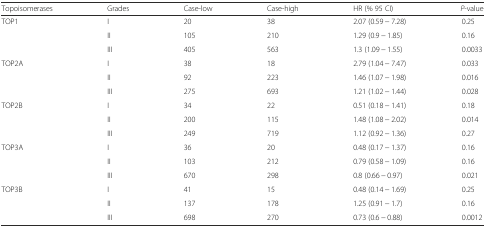
| Topoisomerases | Grades | Case-low | Case-high | HR (% 95 CI) | P-value |
 | --- | --- | --- | --- | --- | --- |
 | TOP1 | I | 20 | 38 | 2.07 (0.59 − 7.28) | 0.25 |
 |  | II | 105 | 210 | 1.29 (0.9 − 1.85) | 0.16 |
 |  | III | 405 | 563 | 1.3 (1.09 − 1.55) | 0.0033 |
 | TOP2A | I | 38 | 18 | 2.79 (1.04 − 7.47) | 0.033 |
 |  | II | 92 | 223 | 1.46 (1.07 − 1.98) | 0.016 |
 |  | III | 275 | 693 | 1.21 (1.02 − 1.44) | 0.028 |
 | TOP2B | I | 34 | 22 | 0.51 (0.18 − 1.41) | 0.18 |
 |  | II | 200 | 115 | 1.48 (1.08 − 2.02) | 0.014 |
 |  | III | 249 | 719 | 1.12 (0.92 − 1.36) | 0.27 |
 | TOP3A | I | 36 | 20 | 0.48 (0.17 − 1.37) | 0.16 |
 |  | II | 103 | 212 | 0.79 (0.58 − 1.09) | 0.16 |
 |  | III | 670 | 298 | 0.8 (0.66 − 0.97) | 0.021 |
 | TOP3B | I | 41 | 15 | 0.48 (0.14 − 1.69) | 0.25 |
 |  | II | 137 | 178 | 1.25 (0.91 − 1.7) | 0.16 |
 |  | III | 698 | 270 | 0.73 (0.6 − 0.88) | 0.0012 |